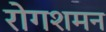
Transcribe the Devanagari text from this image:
रोगशमन